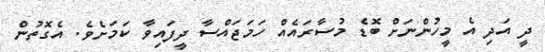
ދީ އަދި އެ މީހުންނަށް ބޮޑެ މުސާރައެއް ހަމަޖައްސާ ދީފައިވާ ކަމަށެވެ. އެގޮތުން